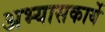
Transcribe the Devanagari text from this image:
अभ्यासकार्ये